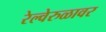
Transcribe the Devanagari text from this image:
रेल्वेरुळावर